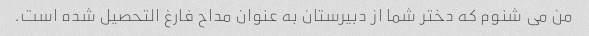
من می شنوم که دختر شما از دبیرستان به عنوان مداح فارغ التحصیل شده است.